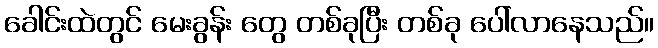
ခေါင်းထဲတွင် မေးခွန်း တွေ တစ်ခုပြီး တစ်ခု ပေါ်လာနေသည်။